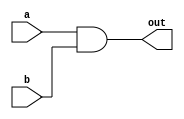
`timescale 1ns / 1ps


module myAND(
    input a,
    input b,
    output out
    );
    
    and g1(out,a,b);
endmodule